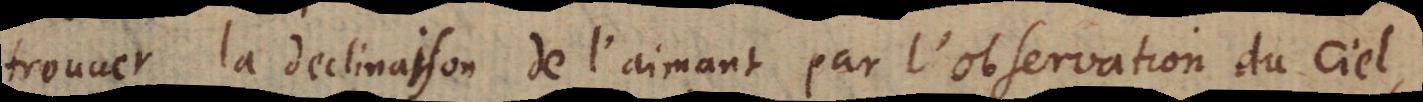
trouuer la declinaison de l’aimant par l’observation du ciel,